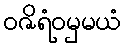
ဝဇိရံဝမှမယံ